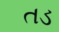
તડ